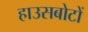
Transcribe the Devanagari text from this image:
हाउसबोटों